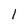
Character: 1